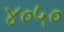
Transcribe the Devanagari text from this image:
४०५०